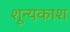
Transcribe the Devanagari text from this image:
शून्यकाश